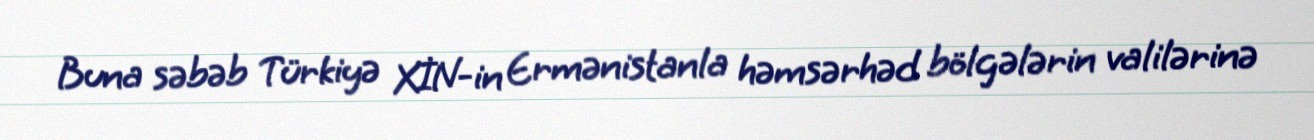
Buna səbəb Türkiyə XİN-in Ermənistanla həmsərhəd bölgələrin valilərinə